Report on vaccination in Madras 1895-1903 - 1895-1903
Year: 1895
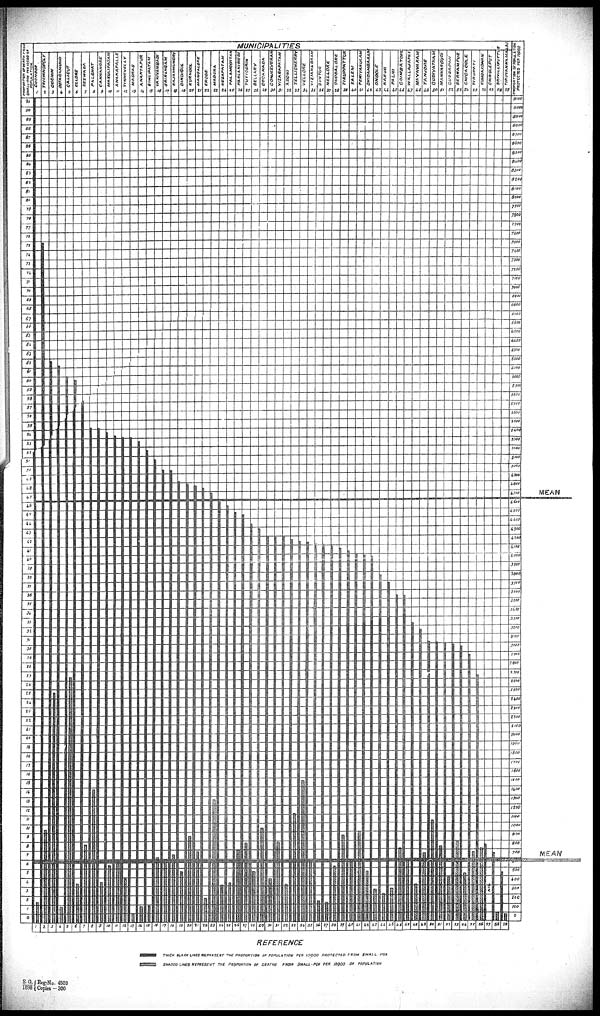
SO.
1898
Reg:No.4503
Copies—300